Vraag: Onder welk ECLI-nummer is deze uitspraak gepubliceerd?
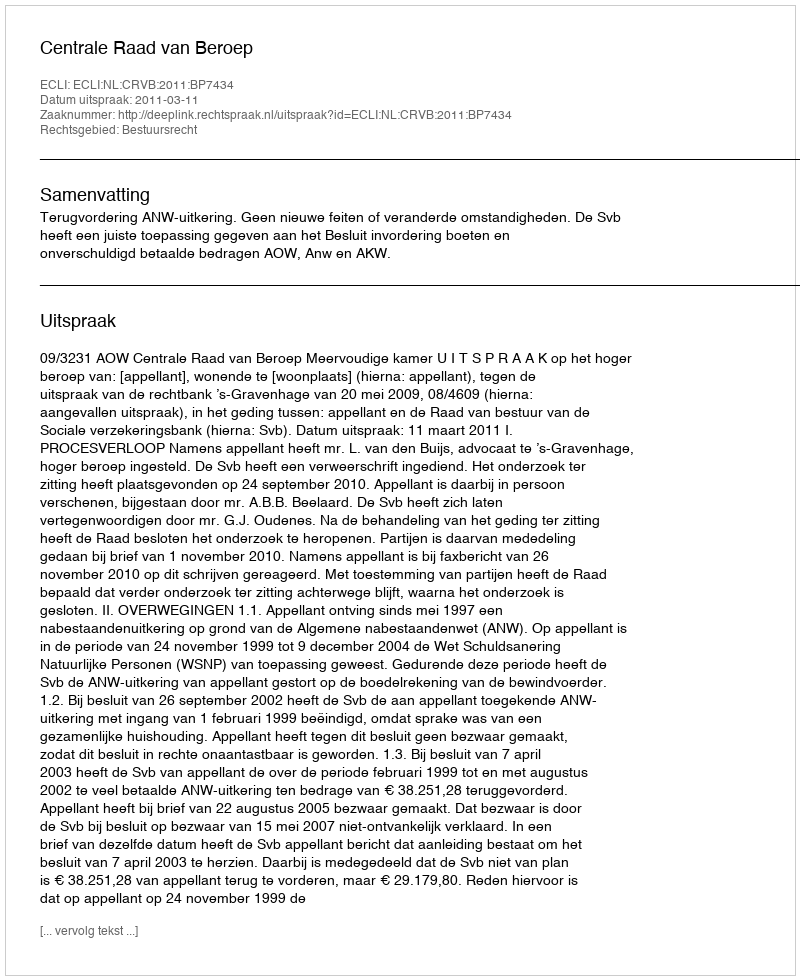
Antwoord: ECLI:NL:CRVB:2011:BP7434